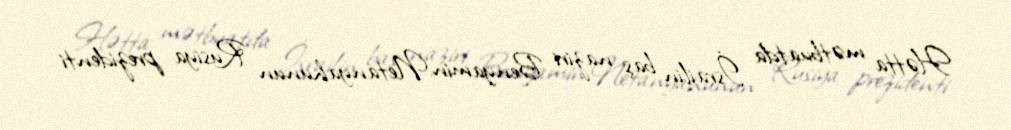
Hətta mətbuatda İsrailin baş naziri Benyamin Netanyahunun Rusiya prezidenti